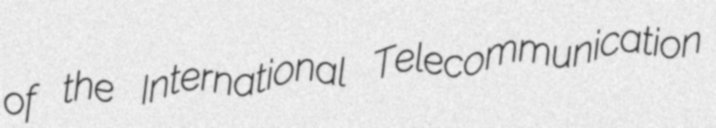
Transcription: of the International Telecommunication